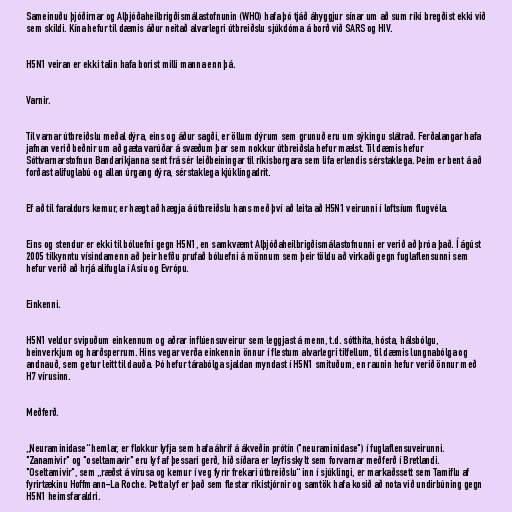
Sameinuðu þjóðirnar og Alþjóðaheilbrigðismálastofnunin (WHO) hafa þó tjáð áhyggjur sínar um að sum ríki bregðist ekki við
sem skildi. Kína hefur til dæmis áður neitað alvarlegri útbreiðslu sjúkdóma á borð við SARS og HIV.

H5N1 veiran er ekki talin hafa borist milli manna enn þá.

Varnir.

Til varnar útbreiðslu meðal dýra, eins og áður sagði, er öllum dýrum sem grunuð eru um sýkingu slátrað. Ferðalangar hafa
jafnan verið beðnir um að gæta varúðar á svæðum þar sem nokkur útbreiðsla hefur mælst. Til dæmis hefur
Sóttvarnarstofnun Bandaríkjanna sent frá sér leiðbeiningar til ríkisborgara sem lifa erlendis sérstaklega. Þeim er bent á að
forðast alifuglabú og allan úrgang dýra, sérstaklega kjúklingadrit.

Ef að til faraldurs kemur, er hægt að hægja á útbreiðslu hans með því að leita að H5N1 veirunni í loftsíum flugvéla.

Eins og stendur er ekki til bóluefni gegn H5N1, en samkvæmt Alþjóðaheilbrigðismálastofnunni er verið að þróa það. Í ágúst
2005 tilkynntu vísindamenn að þeir hefðu prufað bóluefni á mönnum sem þeir töldu að virkaði gegn fuglaflensunni sem
hefur verið að hrjá alifugla í Asíu og Evrópu.

Einkenni.

H5N1 veldur svipuðum einkennum og aðrar inflúensuveirur sem leggjast á menn, t.d. sótthita, hósta, hálsbólgu,
beinverkjum og harðsperrum. Hins vegar verða einkennin önnur í flestum alvarlegri tilfellum, til dæmis lungnabólga og
andnauð, sem getur leitt til dauða. Þó hefur tárabólga sjaldan myndast í H5N1 smituðum, en raunin hefur verið önnur með
H7 vírusinn.

Meðferð.

„Neuraminidase“ hemlar, er flokkur lyfja sem hafa áhrif á ákveðin prótín ("neuraminidase") í fuglaflensuveirunni.
"Zanamivir" og "oseltamavir" eru lyf af þessari gerð, hið síðara er leyfisskylt sem forvarnar meðferð í Bretlandi.
"Oseltamivir", sem „ræðst á vírusa og kemur í veg fyrir frekari útbreiðslu“ inn í sjúklingi, er markaðssett sem Tamiflu af
fyrirtækinu Hoffmann-La Roche. Þetta lyf er það sem flestar ríkistjórnir og samtök hafa kosið að nota við undirbúning gegn
H5N1 heimsfaraldri.